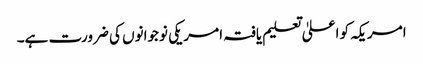
امریکہ کو اعلیٰ تعلیم یافتہ امریکی نوجوانوں کی ضرورت ہے۔